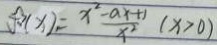
f ^ { \prime } ( x ) = \frac { x ^ { 2 } - a x + 1 } { x ^ { 2 } } ( x > 0 )